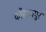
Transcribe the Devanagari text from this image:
कोंढाणपुर